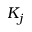
K _ { j }